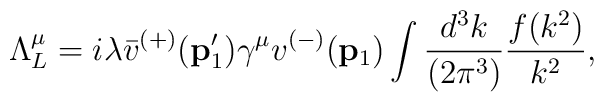
\Lambda^{\mu}_{L}=i\lambda\bar v^{(+)}({\bf p}_{1}^{\prime})\gamma^{\mu}v^{(-)}({\bf p}_{1})\int\frac{d^{3}k}{(2\pi^{3})}\frac{f(k^{2})}{k^2},